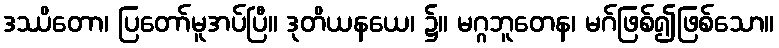
ဒဿိတော၊ ပြတော်မူအပ်ပြီ။ ဒုတိယနယေ၊ ၌။ မဂ္ဂဘူတေန၊ မဂ်ဖြစ်၍ဖြစ်သော။